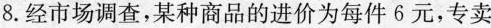
8.经市场调查，某种商品的进价为每件6元，专卖